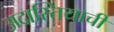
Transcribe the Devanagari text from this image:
अद्रास्तियाची